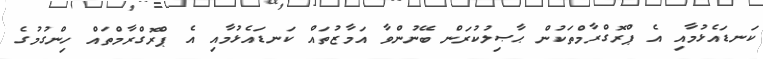
ކަނޑައެޅުމާއި އެ ޕްރޮގްރާމްތަކުން ޙާޞިލުކުރަން ބޭނުންވާ އަމާޒުތައް ކަނޑައެޅުމާއި އެ ޕްރޮގްރާމްތައް ހިންގުމުގެ